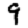
Digit: 9